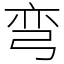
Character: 弯